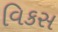
વિકસ